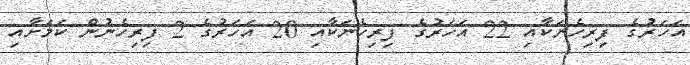
އަހަރުގެ ފިރިހެނަކާއި 22 އަހަރުގެ ފިރިހެނަކާއި 20 އަހަރުގެ 2 ފިރިހެނުން ކަމަށާއި